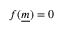
f ( { \underline { { m } } } ) = 0